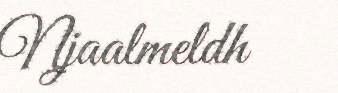
Njaalmeldh